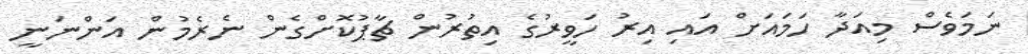
ނަމަވެސް މިއަދާ ހަމައަށް އައި އިރު ހަވީރުގެ އިތުރުން ޗާޕުކޮށްގެން ނެރެމުން އަންނަނީ